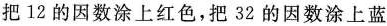
把12的因数涂上红色，把32的因数涂上蓝